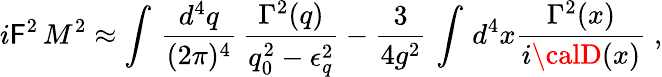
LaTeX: i\mathsf{F}^{2}\, M^{2}\approx\int\, \frac{{d^{4}q}}{{(2\pi)^{4}}}\, \frac{{\Gamma^{2}(q)}}{{q_{0}^{2}-\epsilon_{q}^{2}}}-\frac{{3}}{{4g^{2}}}\, \int\, d^{4}x\frac{{\Gamma^{2}(x)}}{{i{\calD}(x)}}\; ,